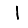
Digit: 1